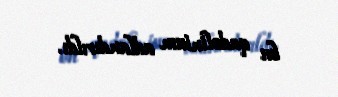
bu qadolinium adlandırıldı.